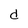
Character: d